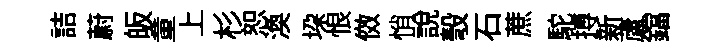
詰蔚皈童上杉恕渙垜恨傚悄說彀石蔗駝搏新蘆鐺